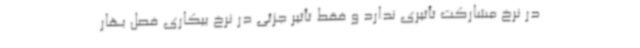
در نرخ مشارکت تأثیری ندارد و فقط تأثیر جزئی در نرخ بیکاری فصل بهار